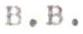
B.B.